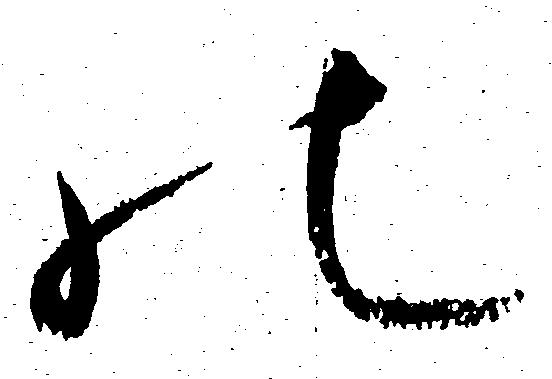
の